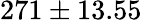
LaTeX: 271\pm 13.55